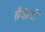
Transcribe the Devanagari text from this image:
ब्रैकेटों